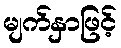
မျက်နှာဖြင့်